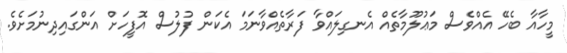
މީހާއާ ބެހޭ އެއްވެސް މަޢުލޫމާތެއް އެނގިލައްވާ ފަރާތެއްވާނަމަ އެކަން ފުލުސް އޮފީހަށް އަންގައިދިނުމަށެވެ.